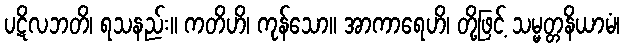
ပဋိလဘတိ၊ ရသနည်း။ ကတိဟိ၊ ကုန်သော။ အာကာရေဟိ၊ တို့ဖြင့် သမ္မတ္တနိယာမံ၊